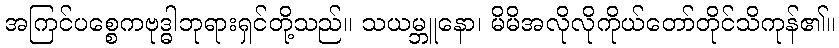
အကြင်ပစ္စေကဗုဒ္ဓါဘုရားရှင်တို့သည်။ သယမ္ဘူနော၊ မိမိအလိုလိုကိုယ်တော်တိုင်သိကုန်၏။